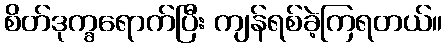
စိတ်ဒုက္ခရောက်ပြီး ကျန်ရစ်ခဲ့ကြရတယ်။